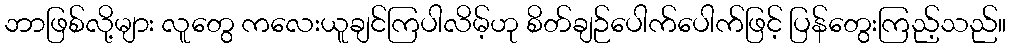
ဘာဖြစ်လို့များ လူတွေ ကလေးယူချင်ကြပါလိမ့်ဟု စိတ်ချဉ်ပေါက်ပေါက်ဖြင့် ပြန်တွေးကြည့်သည်။